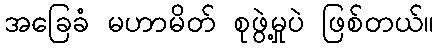
အခြေခံ မဟာမိတ် စုဖွဲ့မှုပဲ ဖြစ်တယ်။